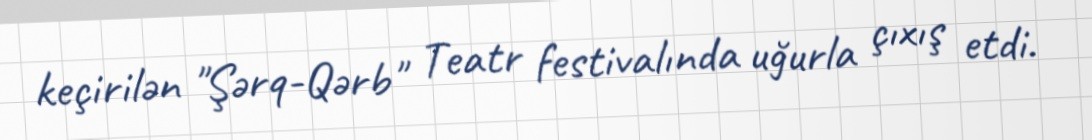
keçirilən "Şərq-Qərb" Teatr festivalında uğurla çıxış etdi.